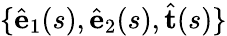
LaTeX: \{ \hat{\mathbf{e}}_{1}(s),\hat{\mathbf{e}}_{2}(s),\hat{\mathbf{t}}(s)\}